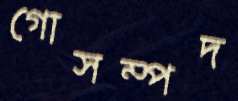
গোসম্পদ